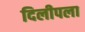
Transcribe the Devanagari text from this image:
दिलीपला